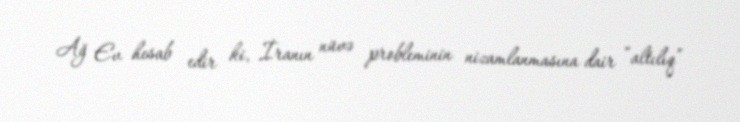
Ağ Ev hesab edir ki, İranın nüvə probleminin nizamlanmasına dair “altılıq”